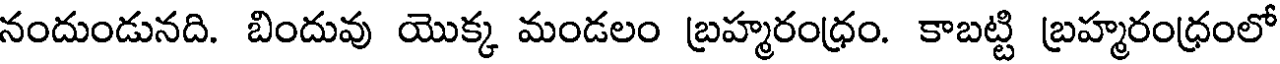
నందుండునది. బిందువు యొక్క మండలం బ్రహ్మరంధ్రం. కాబట్టి బ్రహ్మరంధ్రంలో